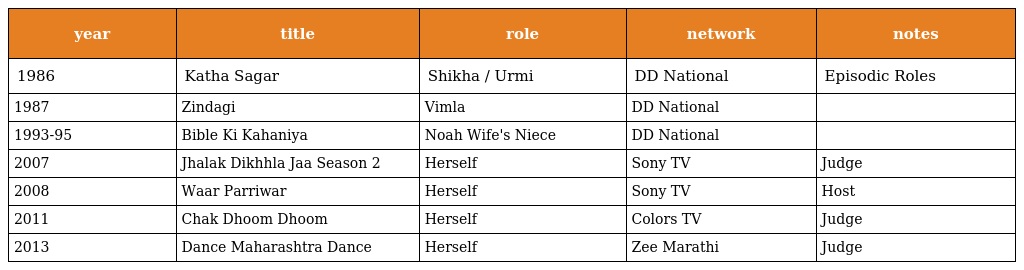
| year | title | role | network | notes |
 | --- | --- | --- | --- | --- |
 | 1986 | Katha Sagar | Shikha / Urmi | DD National | Episodic Roles |
 | 1987 | Zindagi | Vimla | DD National |  |
 | 1993-95 | Bible Ki Kahaniya | Noah Wife's Niece | DD National |  |
 | 2007 | Jhalak Dikhhla Jaa Season 2 | Herself | Sony TV | Judge |
 | 2008 | Waar Parriwar | Herself | Sony TV | Host |
 | 2011 | Chak Dhoom Dhoom | Herself | Colors TV | Judge |
 | 2013 | Dance Maharashtra Dance | Herself | Zee Marathi | Judge |